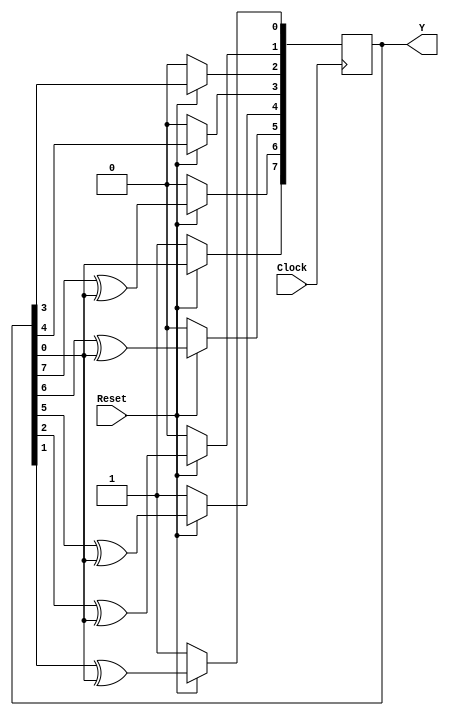
module Auto_LFSR_RTL (Y, Clock, Reset);
  parameter 		Length = 8;
  parameter 		initial_state = 8'b1001_0001;	// 91h
  parameter [1: Length] 	Tap_Coefficient = 8'b1100_1111; 

  input 			Clock, Reset;
  output 	[1: Length] 	Y;
  reg	[1: Length] 	Y;

  always @  (posedge Clock)
    if (!Reset) Y <= initial_state;	// Active-low reset to initial state
      else begin
        Y[1] <= Y[8];
        Y[2] <= Tap_Coefficient[7] ? Y[1] ^ Y[8] : Y[1];
        Y[3] <= Tap_Coefficient[6] ? Y[2] ^ Y[8] : Y[2];
        Y[4] <= Tap_Coefficient[5] ? Y[3] ^ Y[8] : Y[3];
        Y[5] <= Tap_Coefficient[4] ? Y[4] ^ Y[8] : Y[4];
        Y[6] <= Tap_Coefficient[3] ? Y[5] ^ Y[8] : Y[5];
        Y[7] <= Tap_Coefficient[2] ? Y[6] ^ Y[8] : Y[6];
        Y[8] <= Tap_Coefficient[1] ? Y[7] ^ Y[8] : Y[7];
        
    end
 endmodule